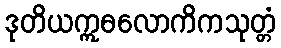
ဒုတိယဣဓလောကိကသုတ္တံ